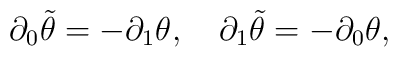
\partial_0\tilde\theta = -\partial_1\theta ,\quad\partial_1\tilde\theta = -\partial_0\theta ,